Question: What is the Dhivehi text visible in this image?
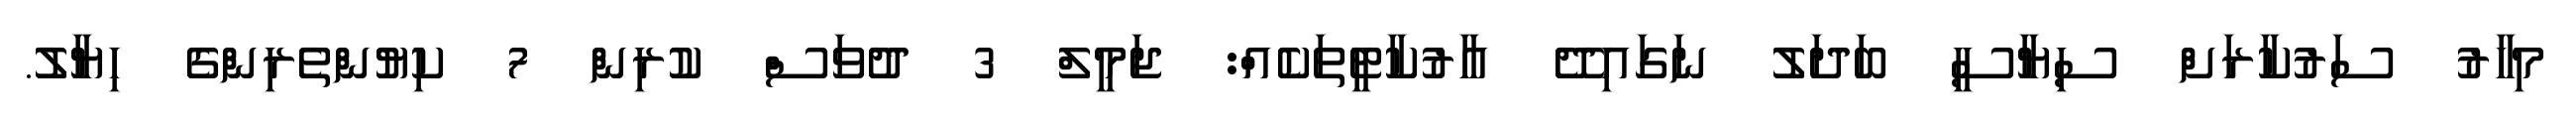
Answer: މިހާރު ސަރުކާރަށް ސިޔާސީ ބަދަލު ނަގައިދޭ އާރުކާޓީތަކެއް: ޖަމީލް 3 ދުވަސް ކުރިން 7 ކިޔުންތެރިންގެ ހިޔާލު.